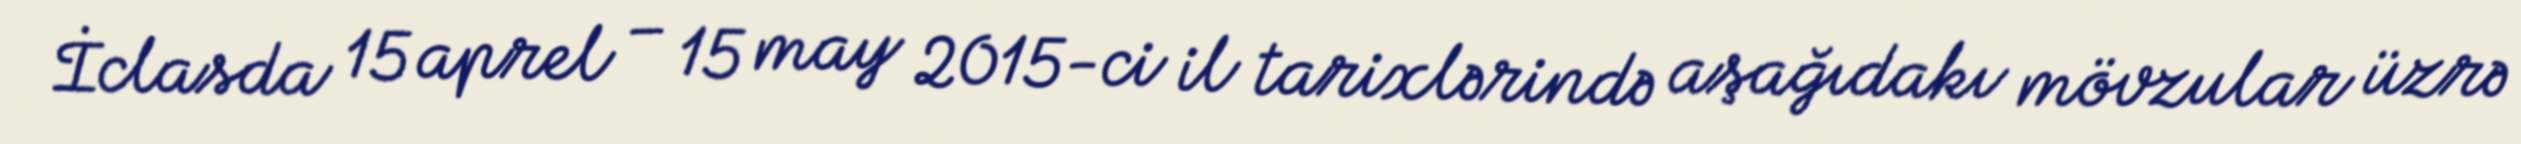
İclasda 15 aprel – 15 may 2015-ci il tarixlərində aşağıdakı mövzular üzrə